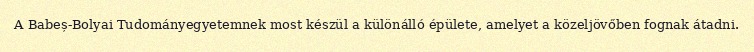
A Babeș-Bolyai Tudományegyetemnek most készül a különálló épülete, amelyet a közeljövőben fognak átadni.